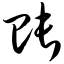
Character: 账